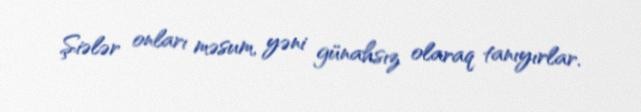
Şiələr onları məsum, yəni günahsız olaraq tanıyırlar.